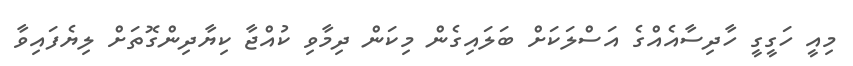
މިއީ ހަގީގީ ހާދިސާއެއްގެ އަސްލަކަށް ބަލައިގެން މިކަން ދިމާވި ކުއްޖާ ކިޔާދިންގޮތަށް ލިޔެފައިވާ